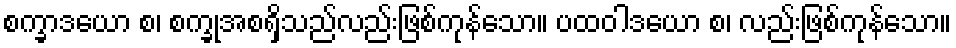
စက္ခာဒယော စ၊ စက္ခုအစရှိသည်လည်းဖြစ်ကုန်သော။ ပထဝါဒယော စ၊ လည်းဖြစ်ကုန်သော။